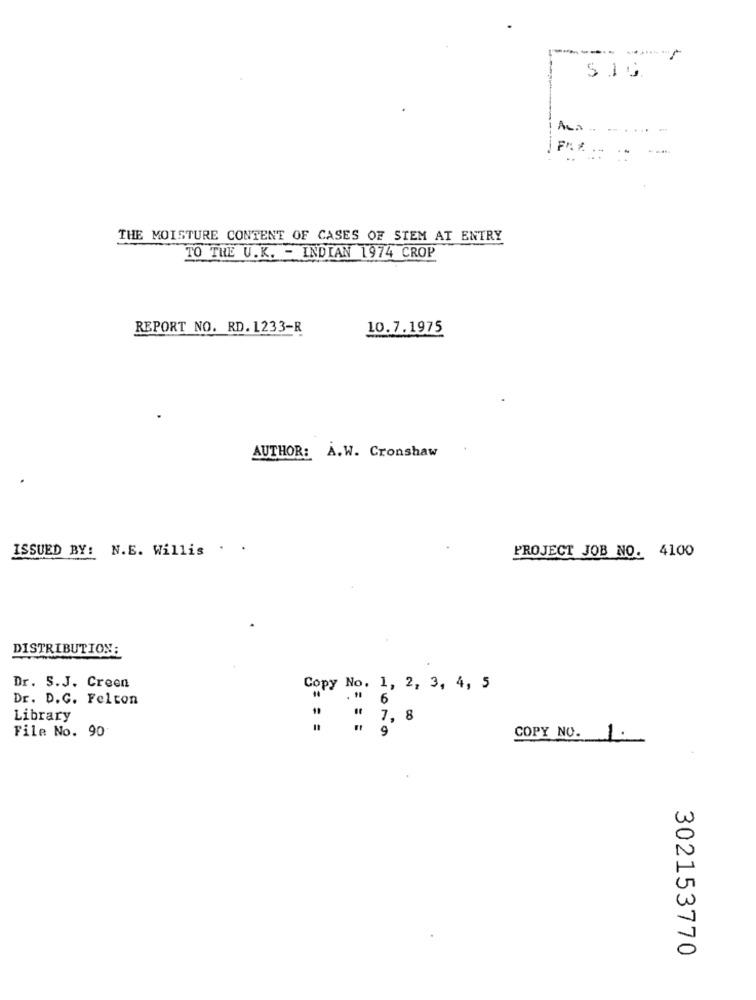
Fr.
THE MOISTURE CONTENT OF CASES OF STEM AT ENTRY
TO THE U.K. - INDIAN 1974 CROP
REPORT NO. RD. 1233-R
10.7.1975
AUTHOR: A.W. Cronshaw
ISSUED BY: N.E. Willis . .
PROJECT JOB NO. 4100
DISTRIBUTION;
Dr. S.J. Creen
Copy No. 1, 2, 3, 4, 5
Dr. D.C. Felcon
."
6
Library
File No. 90
COPY NO. 1.
302153770